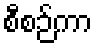
စီစဉ်ကာ